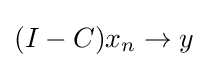
{\textstyle (I-C)x_{n}\to y}